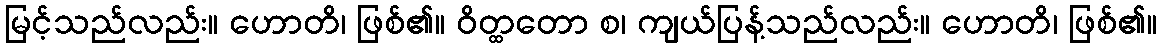
မြင့်သည်လည်း။ ဟောတိ၊ ဖြစ်၏။ ဝိတ္ထတော စ၊ ကျယ်ပြန့်သည်လည်း။ ဟောတိ၊ ဖြစ်၏။